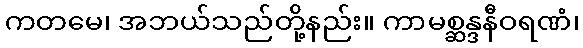
ကတမေ၊ အဘယ်သည်တို့နည်း။ ကာမစ္ဆန္ဒနီဝရဏံ၊